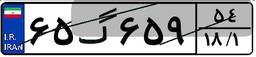
۶۵گ۶۵۹۵۴